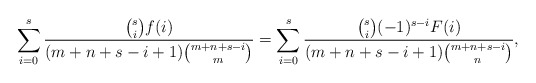
\begin{align*} \sum_{i=0}^{s}\frac{{s\choose i} f(i)}{(m+n+s-i+1){m+n+s-i\choose m}}=\sum_{i=0}^{s}\frac{{s\choose i} (-1)^{s-i}F(i)}{(m+n+s-i+1){m+n+s-i\choose n}},\end{align*}